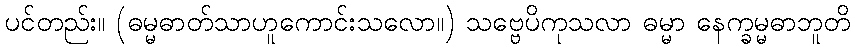
ပင်တည်း။ (ဓမ္မဓာတ်သာဟူကောင်းသလော။) သဗ္ဗေပိကုသလာ ဓမ္မာ နေက္ခမ္မဓာဘူတိ